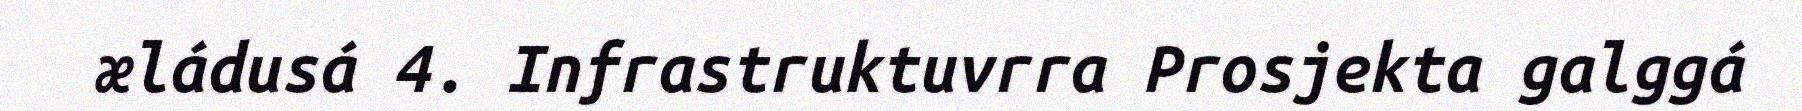
æládusá 4. Infrastruktuvrra Prosjekta galggá